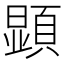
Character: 顕